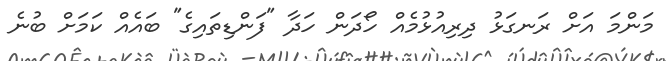
މަންމަ އަށް ރަނގަޅު ދިރިއުޅުމެއް ހޯދަން ހަދާ "ފަންޑިތައިގެ" ބައެއް ކަމަށް ބުނެ